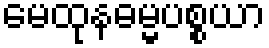
မေထုနဓမ္မပစ္စယာ